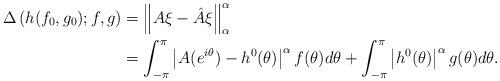
LaTeX: \begin{align*}\Delta\left(h(f_0,g_0);f,g\right)&= \left\|{A} \xi- \hat{A} \xi \right\|_\alpha^\alpha\\ & =\int_{-\pi}^{\pi}\left| A(e^{i\theta}) - {h}^0(\theta) \right|^{\alpha}f(\theta)d \theta + \int_{-\pi}^{\pi} \left|{h}^0(\theta) \right|^{\alpha}g(\theta)d \theta.\end{align*}